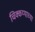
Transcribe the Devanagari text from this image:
चिक्कय्याच्या